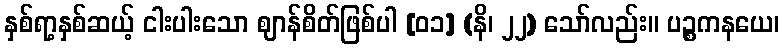
နှစ်ရာ့နှစ်ဆယ့် ငါးပါးသော ဈာန်စိတ်ဖြစ်ပါ [၀၁] (နိ၊ ၂၂) သော်လည်း။ ပဉ္စကနယေ၊